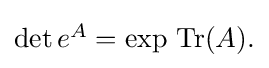
{\textstyle \det e^{A}=\exp \,\operatorname {Tr} (A).}